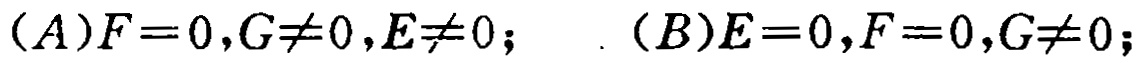
$(A)F = 0,G\neq0,E\neq0;\quad (B)E = 0,F = 0,G\neq0;$